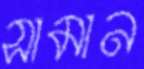
সামান